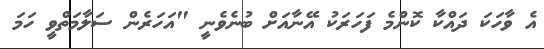
އެ ވާހަކަ ދައްކާ ކޮންމެ ފަހަރަކު އޭނާއަށް ބުނެވެނީ "އަހަރެން ސަލާމަތްވީ ހަމަ